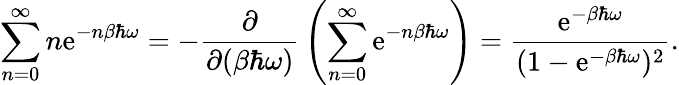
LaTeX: \sum_{n=0}^{\infty}n\mathrm{e}^{-n\beta\hbar\omega}=-{\frac{{\partial}}{{\partial(\beta\hbar\omega)}}}\left(\sum_{n=0}^{\infty}\mathrm{e}^{-n\beta\hbar\omega}\right)={\frac{{\mathrm{e}^{-\beta\hbar\omega}}}{{(1-\mathrm{e}^{-\beta\hbar\omega})^{2}}}}.